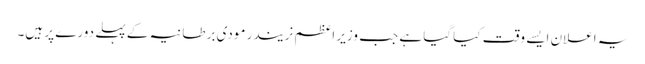
یہ اعلان ایسے وقت کیا گیا ہے جب وزیر اعظم نریندر مودی برطانیہ کے پہلے دورے پر ہیں۔